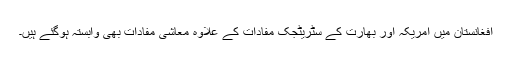
افغانستان میں امریکہ اور بھارت کے سٹریٹجک مفادات کے علاوہ معاشی مفادات بھی وابستہ ہوگئے ہیں۔